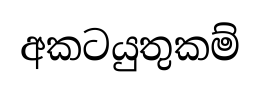
අකටයුතුකම්